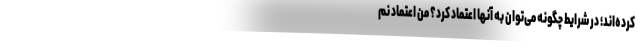
کرده‌اند؛ در شرایط چگونه می‌توان به آنها اعتماد کرد؟ من اعتماد نم